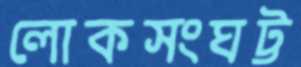
লোকসংঘট্ট